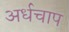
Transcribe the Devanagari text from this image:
अर्धचाप